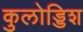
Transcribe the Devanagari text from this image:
कुलोड्डिश